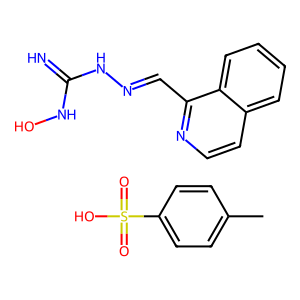
SMILES: Cc1ccc(S(=O)(=O)O)cc1.N=C(NO)NN=Cc1nccc2ccccc12
Inhibits HIV replication: No